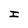
Character: I